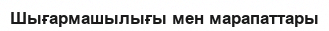
Шығармашылығы мен марапаттары